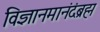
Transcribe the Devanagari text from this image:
विज्ञानमानंदंब्रह्म